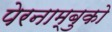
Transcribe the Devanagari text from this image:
पेरनाम्बुको